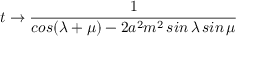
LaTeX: t \to \frac { 1 } { c o s ( \lambda + \mu ) - 2 a ^ { 2 } m ^ { 2 } \, s i n \, \lambda \, s i n \, \mu }